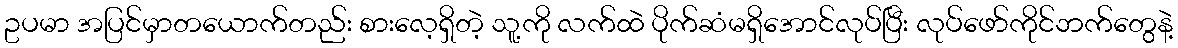
ဥပမာ အပြင်မှာတယောက်တည်း စားလေ့ရှိတဲ့ သူ့ကို လက်ထဲ ပိုက်ဆံမရှိအောင်လုပ်ပြီး လုပ်ဖော်ကိုင်ဘက်တွေနဲ့